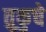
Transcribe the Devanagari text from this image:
तुकुचे